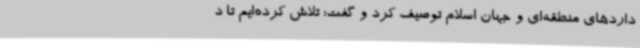
داردهای منطقه‌ای و جهان اسلام توصیف کرد و گفت: تلاش کرده‌ایم تا د